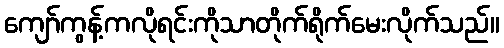
ကျော်ကွန့်ကလိုရင်းကိုသာတိုက်ရိုက်မေးလိုက်သည်။